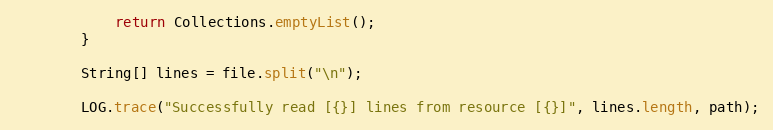
Language: Java
            return Collections.emptyList();
        }

        String[] lines = file.split("\n");

        LOG.trace("Successfully read [{}] lines from resource [{}]", lines.length, path);